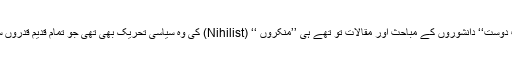
نثری تحریروں کے اس سیلاب کا ایک بڑا سبب ’’سلاف دوست‘‘ اور ’’یورپ دوست‘‘ دانشوروں کے مباحث اور مقالات تو تھے ہی ’’منکروں ‘‘ (Nihilist) کی وہ سیاسی تحریک بھی تھی جو تمام قدیم قدروں سے عملی نجات پانے کے لئے دہشت پسندی، بغاوت اور قتل پر اتر آئی تھی۔